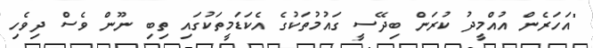
"އަހަރެން އުއްމީދު ކުރަން ބިދޭސީ ގައުމުތަކުގެ އެކަޑަމީތަކުގައި ތިބި ނޫން ވެސް ދިވެހި